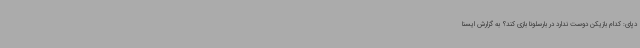
دپای: کدام بازیکن دوست ندارد در بارسلونا بازی کند؟ به گزارش ایسنا